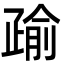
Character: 𭼄